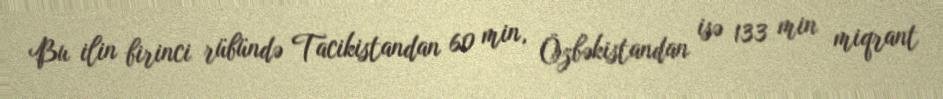
Bu ilin birinci rübündə Tacikistandan 60 min, Özbəkistandan isə 133 min miqrant